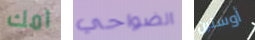
امك الضواحي أوستين